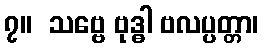
၇။  သဗ္ဗေ ဗုဒ္ဓါ ဗလပ္ပတ္တာ၊